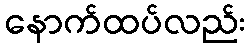
နောက်ထပ်လည်း